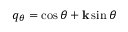
q _ { \theta } = \cos \theta + \mathbf { k } \sin \theta